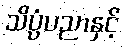
သိပ္ပံပညာနှင့်